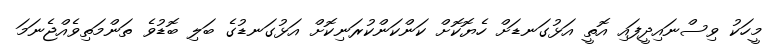
މީހަކު ވިސްނައިދީފައި އޮތީ އަޅުގަނޑަށް ހެޔޮކޮށް ކަންކަންކުރަނިކޮށް އަޅުގަނޑުގެ ބަލި ބޮޑުވެ ތަންމަތިވެއްޖެނަމަ